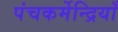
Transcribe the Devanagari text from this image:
पंचकर्मेन्द्रियाँ